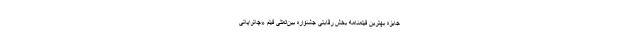
جایزه بهترین فیلمنامه بخش رقابتی جشنواره بین‌‌المللی فيلم «چاتراپاتی